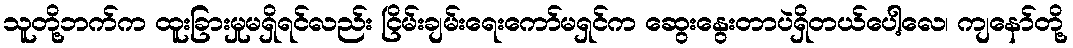
သူတို့ဘက်က ထူးခြားမှုမရှိရင်လည်း ငြိမ်းချမ်းရေးကော်မရှင်က ဆွေးနွေးတာပဲရှိတယ်ပေါ့လေ၊ ကျနော်တို့